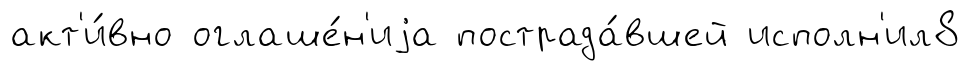
акт'и́вно оглаше́н'иjа пострада́вшей исполн'ил8